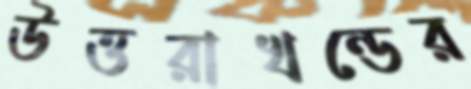
উত্তরাখন্ডের